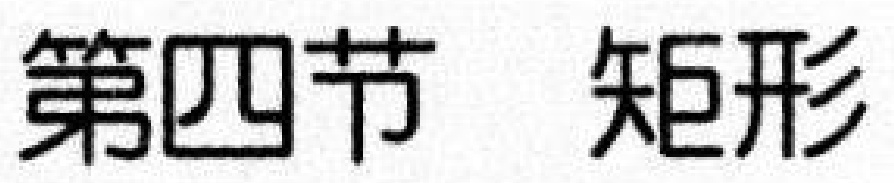
第四节 矩形